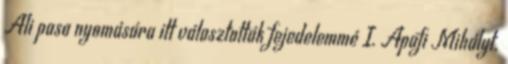
Ali pasa nyomására itt választották fejedelemmé I. Apafi Mihályt.